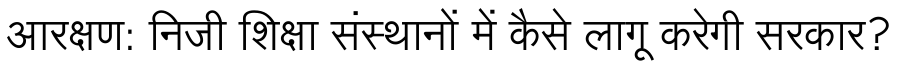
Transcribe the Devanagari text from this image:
आरक्षण: निजी शिक्षा संस्थानों में कैसे लागू करेगी सरकार?